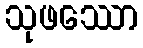
သုဖဿော